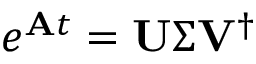
e ^ { \mathbf { A } t } = \mathbf { U } \Sigma \mathbf { V } ^ { \dag }